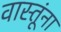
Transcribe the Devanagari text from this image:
वास्तूंना